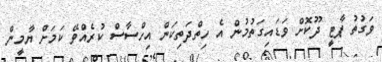
ވަގުތު ޕާޓީ ދޫކޮށް ވަޑައިގަތުމުން އެ ހިތްދަތިކަން އިހްސާސް ކުރެއްވޭ ކަމަށް ޔާމީން